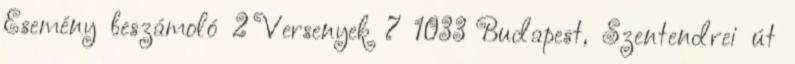
Esemény beszámoló 2 Versenyek 7 1033 Budapest, Szentendrei út